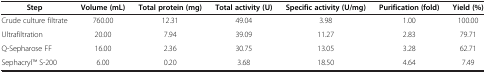
<table><thead><tr><td><b>Step</b></td><td><b>Volume (mL)</b></td><td><b>Total protein (mg)</b></td><td><b>Total activity (U)</b></td><td><b>Specific activity (U/mg)</b></td><td><b>Purification (fold)</b></td><td><b>Yield (%)</b></td></tr></thead><tbody><tr><td>Crude culture filtrate</td><td>760.00</td><td>12.31</td><td>49.04</td><td>3.98</td><td>1.00</td><td>100.00</td></tr><tr><td>Ultrafiltration</td><td>20.00</td><td>7.94</td><td>39.09</td><td>11.27</td><td>2.83</td><td>79.71</td></tr><tr><td>Q-Sepharose FF</td><td>16.00</td><td>2.36</td><td>30.75</td><td>13.05</td><td>3.28</td><td>62.71</td></tr><tr><td>SephacrylTM S-200</td><td>6.00</td><td>0.20</td><td>3.68</td><td>18.50</td><td>4.64</td><td>7.49</td></tr></tbody></table>